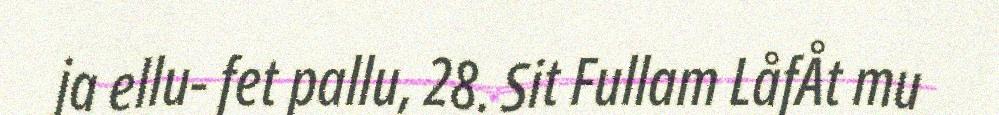
ja ellu- fet pallu, 28. Sit Fullam LåfÅt mu